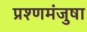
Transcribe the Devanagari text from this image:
प्रश्णमंजुषा